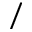
/